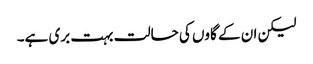
لیکن ان کے گاوں کی حالت بہت بری ہے۔